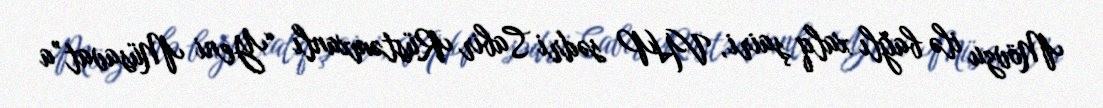
Mövzu ilə bağlı xalq şairi, VHP sədri Sabir Rüstəmxanlı “Yeni Müsavat”a